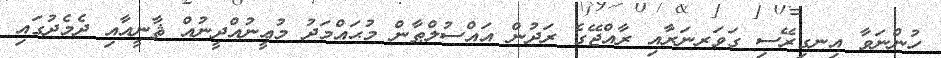
ހުންނަވާ އިނގިރޭސި ގަވަރނަރާއި ރާއްޖޭގެ ރަދުން އައްސުލްޠާން މުޙައްމަދު މުޢީނުއްދީނުއް ޘާނީއާއި ދެމެދުގައި